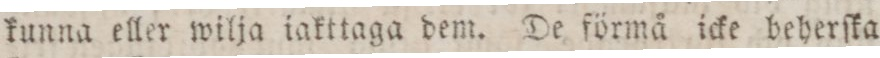
kunna eller wilja iakttaga dem. De förmå icke beherſka